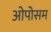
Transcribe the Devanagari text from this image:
ओपोसम